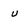
Character: u